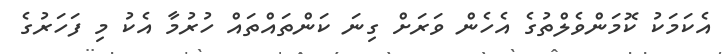
އެކަމަކު ކޮމަންވެލްތުގެ އެހެން ވަރަށް ގިނަ ކަންތައްތައް ހުރުމާ އެކު މި ފަހަރުގެ